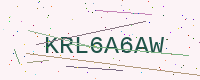
Text: KRL6A6AW